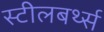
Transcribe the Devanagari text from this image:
स्टीलबर्थ्स